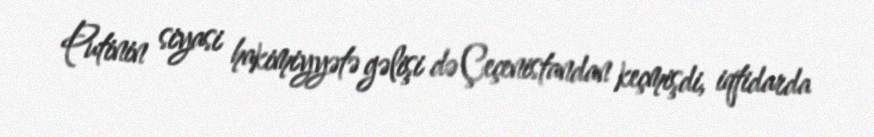
Putinin siyasi hakimiyyətə gəlişi də Çeçenistandan keçmişdi, iqtidarda